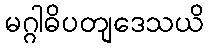
မဂ္ဂါဓိပတျဒေသယိ